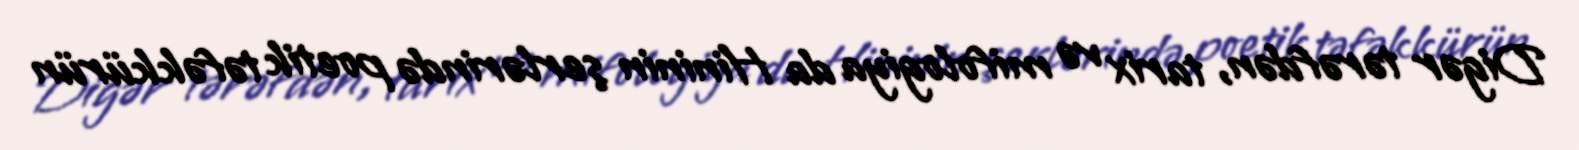
Digər tərəfdən, tarix və mifologiya da Hininin şerlərində poetik təfəkkürün